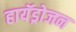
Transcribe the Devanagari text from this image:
हायॅड्रोजन